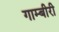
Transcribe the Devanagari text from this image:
गाम्बीरी